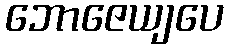
ဘောဇေယျပေ